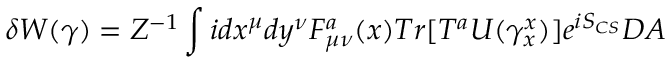
\delta W ( \gamma ) = Z ^ { - 1 } \int i d x ^ { \mu } d y ^ { \nu } F _ { \mu \nu } ^ { a } ( x ) { \cal T } r [ T ^ { a } U ( \gamma _ { x } ^ { x } ) ] e ^ { i S _ { C S } } { \cal D } A